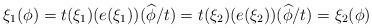
LaTeX: \begin{align*}\xi_1(\phi)=t(\xi_1)(e(\xi_1))(\widehat{\phi}/t)=t(\xi_2)(e(\xi_2))(\widehat{\phi}/t)=\xi_2(\phi)\end{align*}